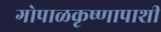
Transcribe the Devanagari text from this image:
गोपाळकृष्णापाशी